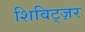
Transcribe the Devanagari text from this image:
शिविट्ज़र